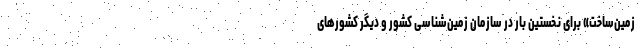
زمین‌ساخت» برای نخستین بار در سازمان زمین‌شناسی کشور و دیگر کشورهای